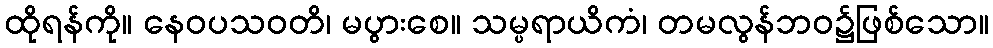
ထိုရန်ကို။ နေဝပသဝတိ၊ မပွားစေ။ သမ္ပရာယိကံ၊ တမလွန်ဘဝ၌ဖြစ်သော။